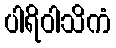
ပါရိဝါသိကံ